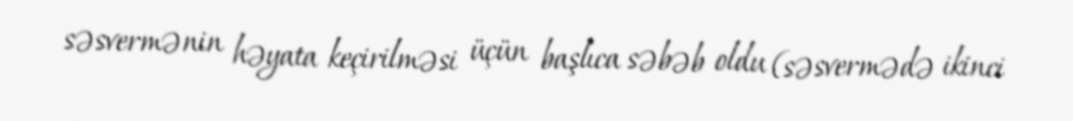
səsvermənin həyata keçirilməsi üçün başlıca səbəb oldu (səsvermədə ikinci